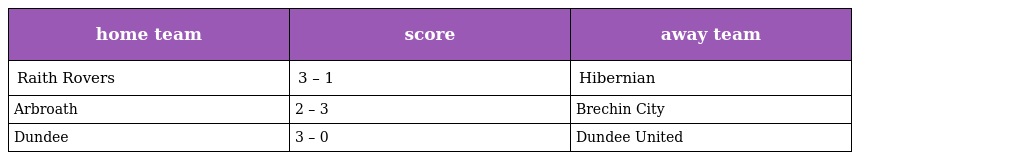
| home team | score | away team |
 | --- | --- | --- |
 | Raith Rovers | 3 – 1 | Hibernian |
 | Arbroath | 2 – 3 | Brechin City |
 | Dundee | 3 – 0 | Dundee United |